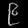
Digit: ၉